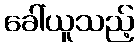
ခေါ်ယူသည့်